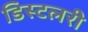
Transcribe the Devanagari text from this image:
डिस्टलरी